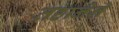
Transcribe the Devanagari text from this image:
तहानेने